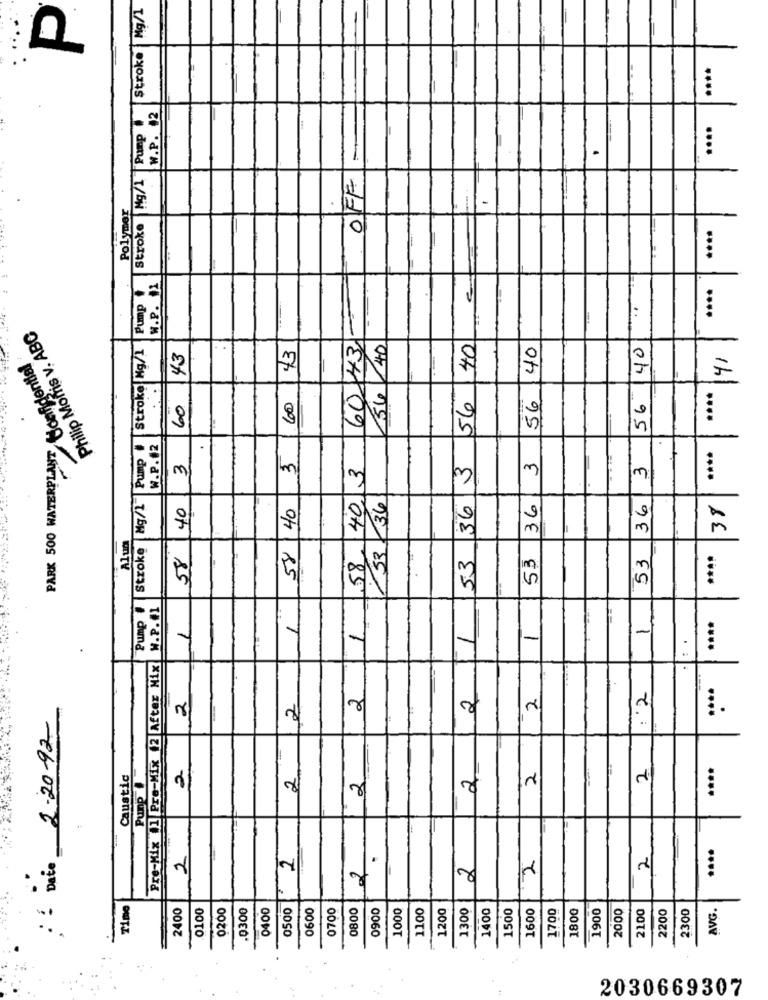
Stroke Mg/1
W.P. 12
Pump .
....
-
Mg/1
OFF
Polymer
Stroke
....
Pump #
W.P. 11
€
60143 -
Philip Morris v. ABC
Stroke Mg/1
43
40
40
40
40
PARK 500 WATERPLANT Confidential
43
41
56
....
60
60
56
56
56
3
Pump #
W.P.12
.
3
40 3
36 3
3
363
Mg/1
36
36
40
58 40
38
Alum
Stroke
58
58
53
53
53
53
****
Pump #
W.P. #1
1
1
1
....
1
.
Pre-Mix 11 Pre-Mix 12 After Mix
2
2
2
: '2
2
2
1
2-20-92
2
....
Caustic
Punp
2
2
2
2
2
2
2
2
2
Date
20
2
Time
2400
0200
.Q300
0400
0500
0600
0700
0800
0900
1000
1100
1200
1300
1400
1500
1600
1700
1800
1900
2000
2100
2200
2300
AVG.
0100
2030669307